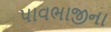
પાવભાજીના